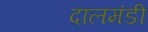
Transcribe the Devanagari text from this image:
दालमंडी